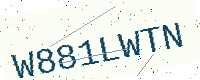
Text: W881LWTN